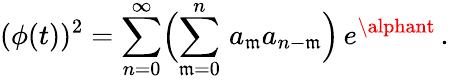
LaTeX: (\phi(t))^{2}=\sum_{n=0}^{\infty}\Bigl(\sum_{\mathfrak{m}=0}^{n}\, a_{\mathfrak{m}}a_{n-\mathfrak{m}}\Bigr)\, e^{\alphant}\, .